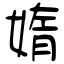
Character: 媠